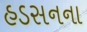
હડસનના